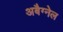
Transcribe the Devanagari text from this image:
अबैग्नेल